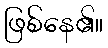
ဖြစ်နေ၏။